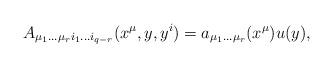
LaTeX: \begin{align*}A_{\mu_1\dots\mu_ri_1\dots i_{q-r}}(x^{\mu},y,y^i)=a_{\mu_1\dots\mu_r}(x^{\mu})u(y),\end{align*}